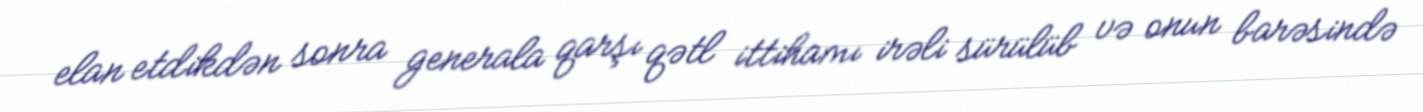
elan etdikdən sonra generala qarşı qətl ittihamı irəli sürülüb və onun barəsində